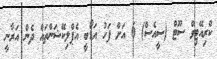
ކްރިއޭޓިވް ސޫޓް (ސީއެސް) 6 އަށް ފަހު އަޑޯބީ އެޕްލިކޭޝަންތައް ދެން އަރާނީ